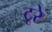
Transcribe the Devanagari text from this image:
टूरे